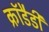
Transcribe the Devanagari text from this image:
क्रॉडैडी